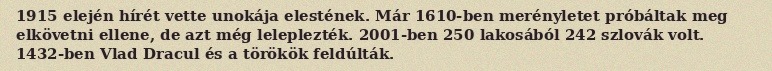
1915 elején hírét vette unokája elestének. Már 1610-ben merényletet próbáltak meg elkövetni ellene, de azt még leleplezték. 2001-ben 250 lakosából 242 szlovák volt. 1432-ben Vlad Dracul és a törökök feldúlták.